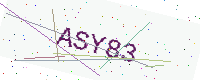
Text: ASY83